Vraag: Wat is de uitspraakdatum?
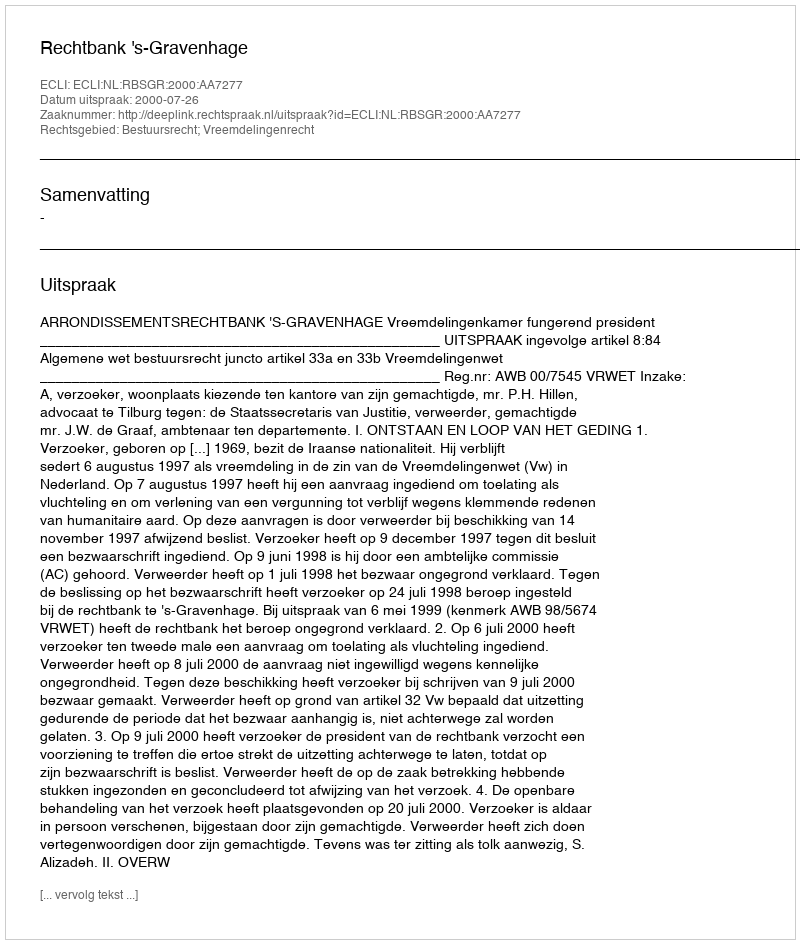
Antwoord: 2000-07-26